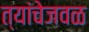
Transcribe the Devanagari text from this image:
त्यांचेजवळ